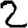
Digit: 2